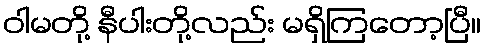
ဝါမတို့ နီပါးတို့လည်း မရှိကြတော့ပြီ။